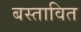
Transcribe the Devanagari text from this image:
बस्तावित